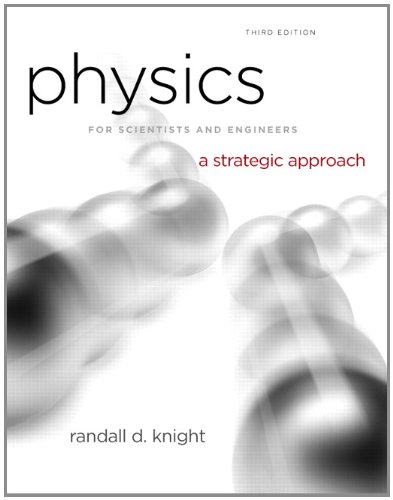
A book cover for Physics for Scientists and Engineers: A Strategic Approach with Modern Physics (3rd Edition); Randall D. Knight (Professor Emeritus); Science & Math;